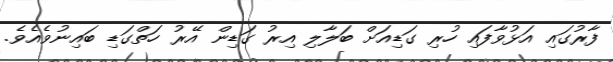
ފާރުގައި އަޅުވާފައި ހުރި ގަޑިއަށް ބަލާލި އިރު ގަޑިން އޭރު ހަތްގަޑި ބައިނުވެއެވެ.